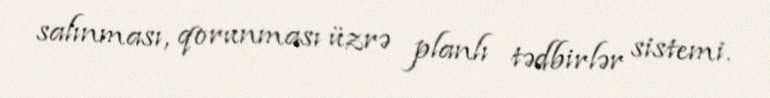
salınması, qorunması üzrə planlı tədbirlər sistemi.